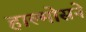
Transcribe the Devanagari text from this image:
हाल्मोसने